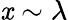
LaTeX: \mathit{x}\sim\lambda